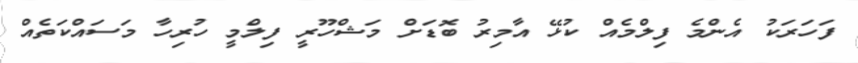
ފަހަރަކު އެންމެ ފިލްމެއް ކުޅޭ އާމިރު ބޮޑަށް މަޝްހޫރީ ފިލްމީ ހުރިހާ މަސައްކަތެއް